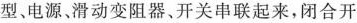
型、电源滑动变阻器、开关串联起来，闭合开